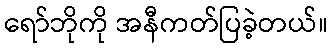
ရော်ဘိုကို အနီကတ်ပြခဲ့တယ်။